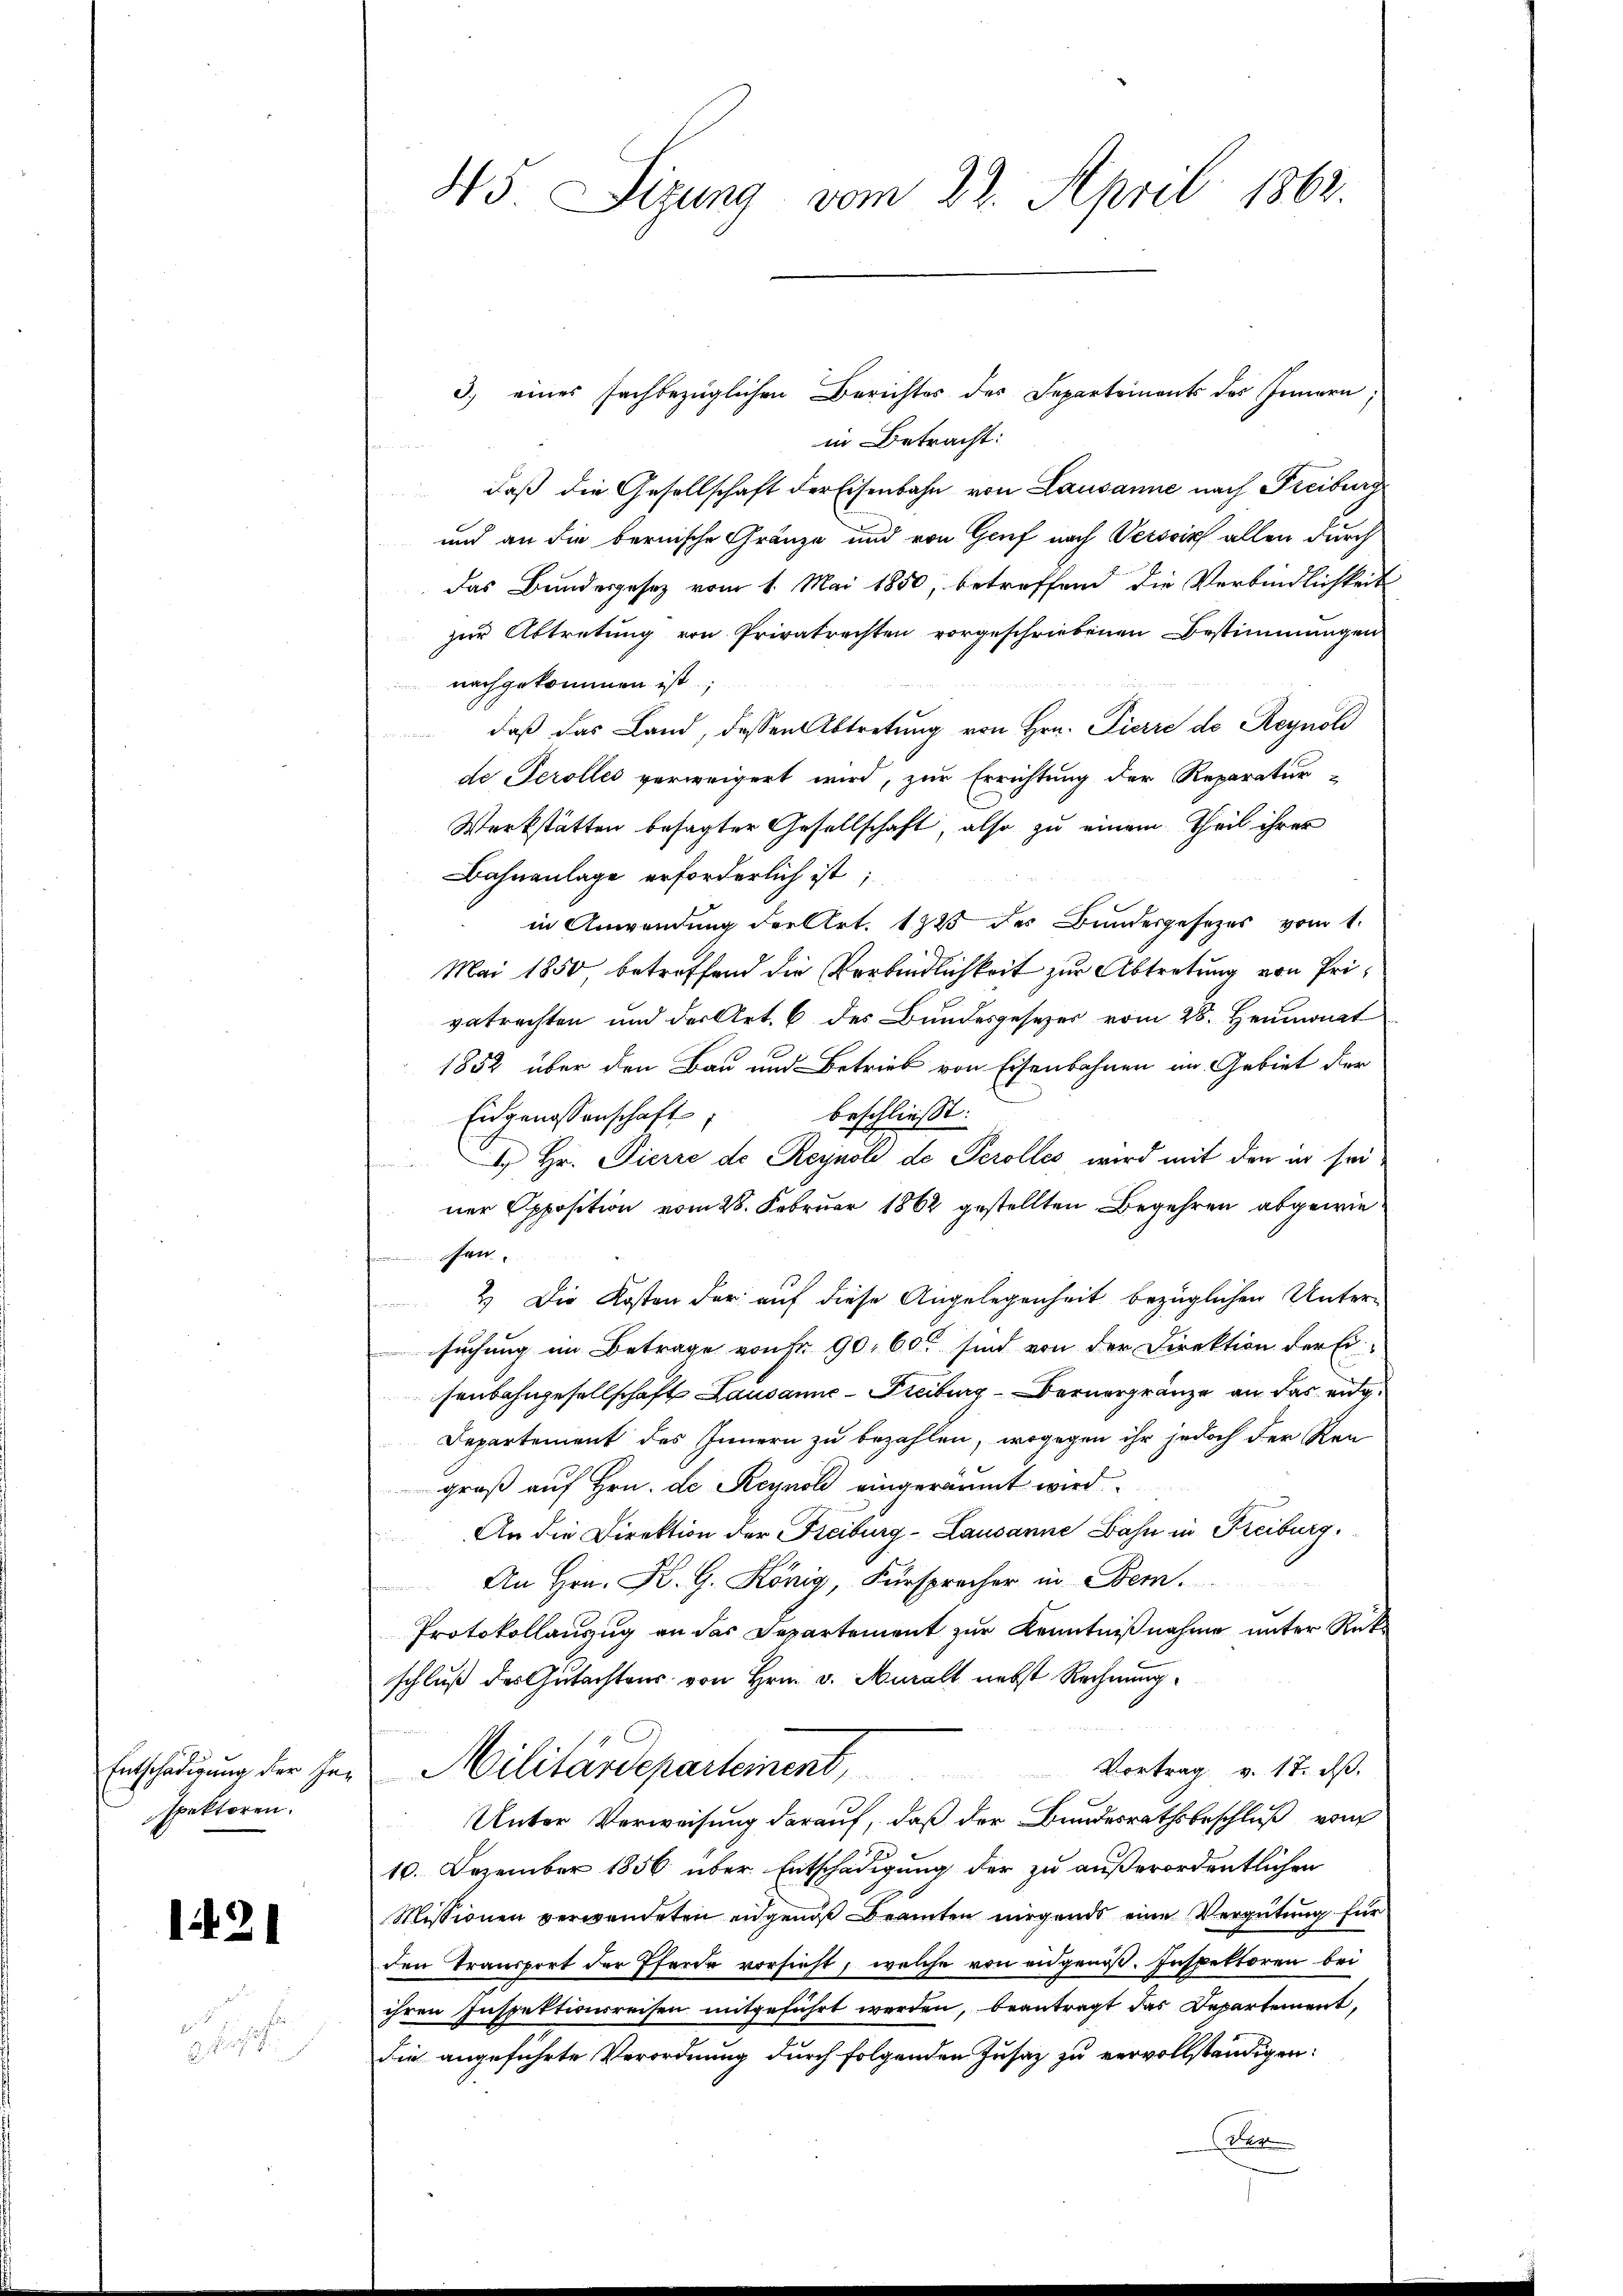
Entschädigung der Inspektoren.

1421

.
2 Fus

45 Sizung vom 22. April 1862.

3) eines sachbezüglichen Berichtes der Departements des Innern
in Betracht:
a
daß die Gesellschaft der Eisenbahn von Lausanne nach Freiburg
und an die bernische Gränze und von Genf nach Versich allen durch
das Bundesgesetz vom 1. Mai 1850, betreffend die Verbindlichkeit
zur Abtretung von Privatrechten vorgeschriebenen Bestimmungen
nachgekommen ist.
daß das Land, dessen Abtretung von Hrn. Pierre de Reynold
de Perolles verweigert wird, zur Errichtung der Reparatur-
Werkstätten besagter Gesellschaft, also zu einem Theil ihrer
Bahnanlage erforderlich ist
in Anwendung der Art. 1325 des Bundesgesezes vom 1.
Mai 1850 betreffend die Verbindlichkeit zur Abtretung von Privetrachten und der Art. 6 des Bundesgesetzer vom 28. Heumonat
1852 über den Bau und Betrieb von Eisenbahnen an Gebiet der
Eidgenossenschaft,
beschließt:
 Hr. Pierre de Reynol de Perolles wird mit den er seiner Opposition vom 28. Februar 1862 gestellten Begehren abgewiechen,
2.) Die Kosten der auf diese Angelegenheit bezüglichen Untersuchung im Betrage von Fr. 90, 60 sind von der Direktion der Ei
senbahngesellschaft Lausanne Freiburg Bernergränze an das eng¬
Departement des Innern zu bezahlen, wogegen ihr jedoch der Ren
groß auf Hrn. de Reynol eingeräumt wird.
An die Direktion der Freiburg - Lausanne Bahn in Freiburg,
.
An Hrn. K. G. König, Fürsprecher in Bern.
Protokollanzug an das Departement zur Kenntnißnahme unter Rückschluß des Gutachtens von Hrn. v. Muralt nebst Rechnung.
Vortrag v. 18. ds.
Militärdepartement,
Unter Verweisung darauf, daß der Bundesrathsbeschluß vom
10. Dezember 1856 über Entschädigung der zu außerordentlichen
Missionen verwendeten engenoß Beamten nirgends eine Vergütung für
den Transport der Pferde vorsieht, welche von eidgenoß. Inspektoren bei
ihren Inspektionsreisen mitgeführt werden, beantragt das Departement,
die angeführte Verordnung durch folgenden Jusaz zu vervollständigen:
der